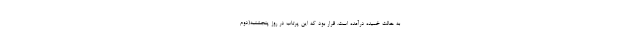
به حالت خمیده درآمده است. قرار بود که این پرتاب در روز پنجشنبه(دوم